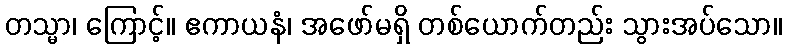
တသ္မာ၊ ကြောင့်။ ဧကာယနံ၊ အဖော်မရှိ တစ်ယောက်တည်း သွားအပ်သော။